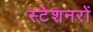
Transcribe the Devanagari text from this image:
स्टेशनरों